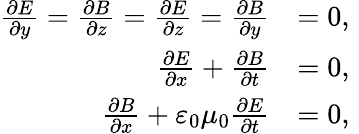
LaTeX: \begin{array}{rl}{\frac{\partial E}{\partial y}=\frac{\partial B}{\partial z}=\frac{\partial E}{\partial z}=\frac{\partial B}{\partial y}}&{=0,}\\ {\frac{\partial E}{\partial x}+\frac{\partial B}{\partial t}}&{=0,}\\ {\frac{\partial B}{\partial x}+\varepsilon_{0}\mu_{0}\frac{\partial E}{\partial t}}&{=0,\, \, }\end{array}